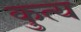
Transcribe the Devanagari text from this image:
कुत्य